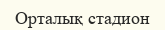
Орталық cтадион